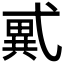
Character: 𢎑